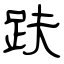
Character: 趺